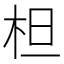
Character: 柦